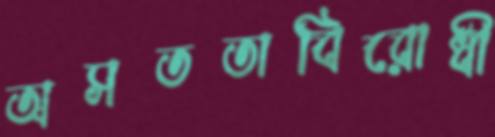
অসততাবিরোধী